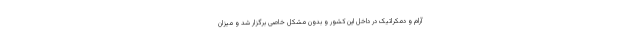
آرام و دمکراتیک در داخل این کشور و بدون مشکل خاصی برگزار شد و میزان